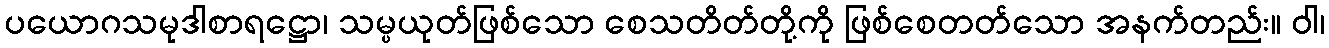
ပယောဂသမုဒါစာရဋ္ဌော၊ သမ္ပယုတ်ဖြစ်သော စေသတိတ်တို့ကို ဖြစ်စေတတ်သော အနက်တည်း။ ဝါ၊